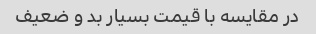
در مقایسه با قیمت بسیار بد و ضعیف